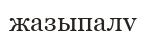
жазыпалу